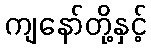
ကျနော်တို့နှင့်